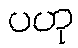
ပဟု